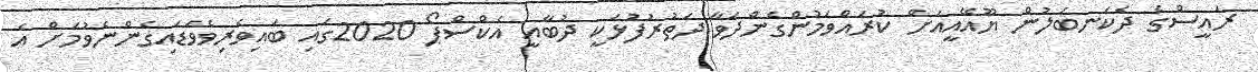
ރައީސްގެ ދެކަނބަލުން ޔޫއޭއީއަށް ކުރައްވަމުންގެންދަވާ ދަތުރުފުޅަކީ ދުބާއީ އެކްސްޕޯ 2020ގައި ބައިވެރިވެވަޑައިގެންނެވުމަށް އެ